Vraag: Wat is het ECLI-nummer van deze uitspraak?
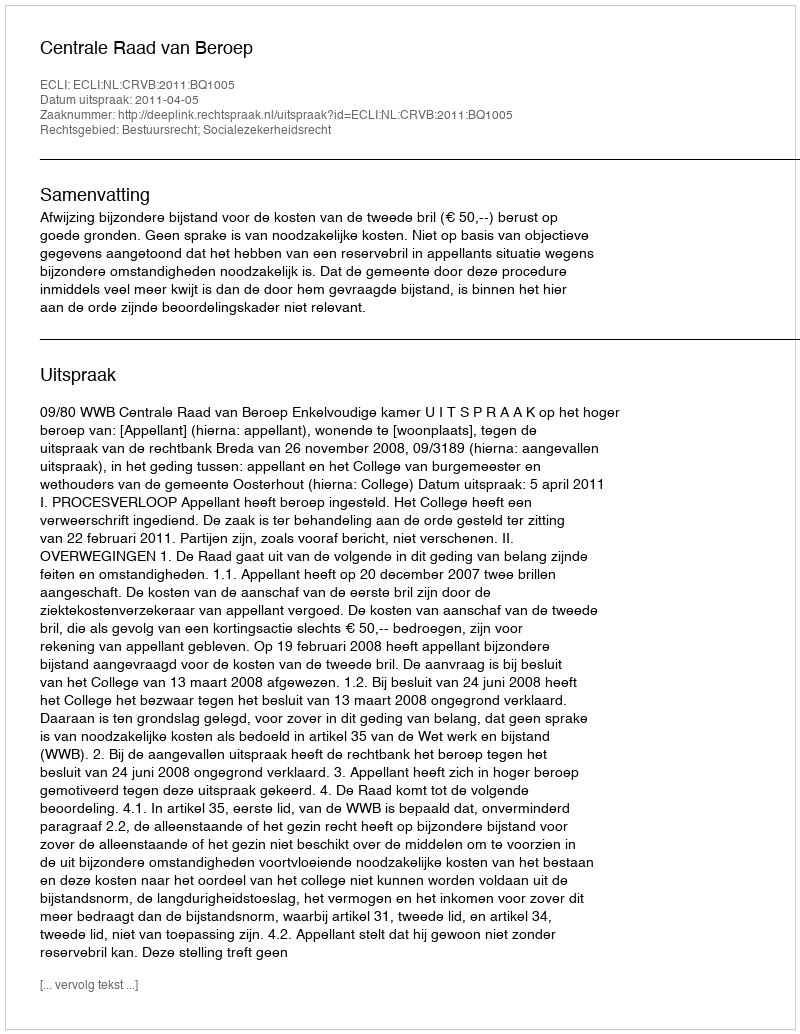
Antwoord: ECLI:NL:CRVB:2011:BQ1005